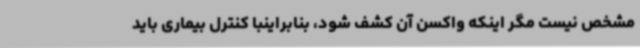
مشخص نیست مگر اینکه واکسن آن کشف شود، بنابراینبا کنترل بیماری باید